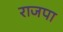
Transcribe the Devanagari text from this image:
राजपा